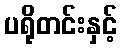
ပရိုတင်းနှင့်